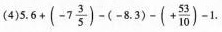
(4) $$5 . 6 + ( - 7 \frac { 3 } { 5 } ) - ( - 8 . 3 ) - ( + \frac { 5 3 } { 1 0 } ) - 1$$ .